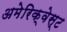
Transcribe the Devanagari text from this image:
अमेरिक्वेस्ट